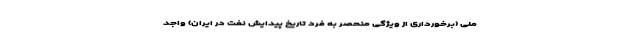
ملی (برخورداری از ویژگی منحصر به فرد تاریخ پیدایش نفت در ایران) واجد